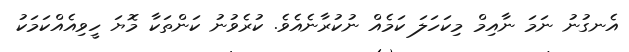
އެނގުނު ނަމަ ނާއިމް މިކަހަލަ ކަމެއް ނުކުރާނެއެވެ. ކުރެވުނު ކަންތަކާ މޮޔަ ހީވިއެއްކަމަކު